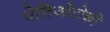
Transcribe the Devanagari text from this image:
थेलिओटोकी